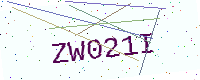
Text: ZW021I